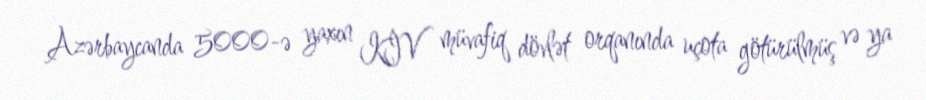
Azərbaycanda 5000-ə yaxın KİV müvafiq dövlət orqanında uçota götürülmüş və ya